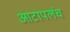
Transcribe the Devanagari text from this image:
आटापलंच